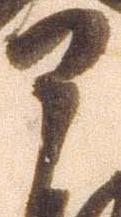
部